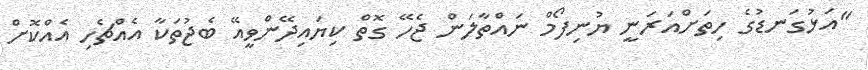
"އަޅުގަނޑުގެ ހިތަށްއަރަނީ ޔުނިފޯމް ނައްތާލަން ޖެހޭ ގޮތް ކިޔައިދޭންވީއޭ ބެޖުތަކާ އެއްޗެހި އެއްކޮށް